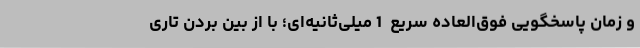
و زمان پاسخگویی فوق‌العاده سریع  1 میلی‌ثانیه‌ای؛ با از بین بردن تاری